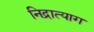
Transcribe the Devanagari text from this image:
निद्रात्याग